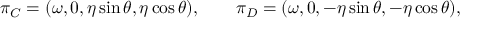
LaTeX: \pi _ { C } = ( \omega , 0 , \eta \sin \theta , \eta \cos \theta ) , \qquad \pi _ { D } = ( \omega , 0 , - \eta \sin \theta , - \eta \cos \theta ) ,